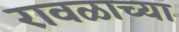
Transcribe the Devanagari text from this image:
रावळाच्या